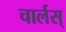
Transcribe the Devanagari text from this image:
चार्लस्‌